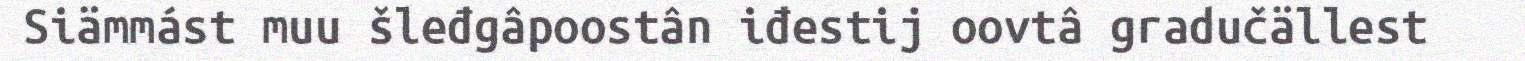
Siämmást muu šleđgâpoostân iđestij oovtâ gradučällest